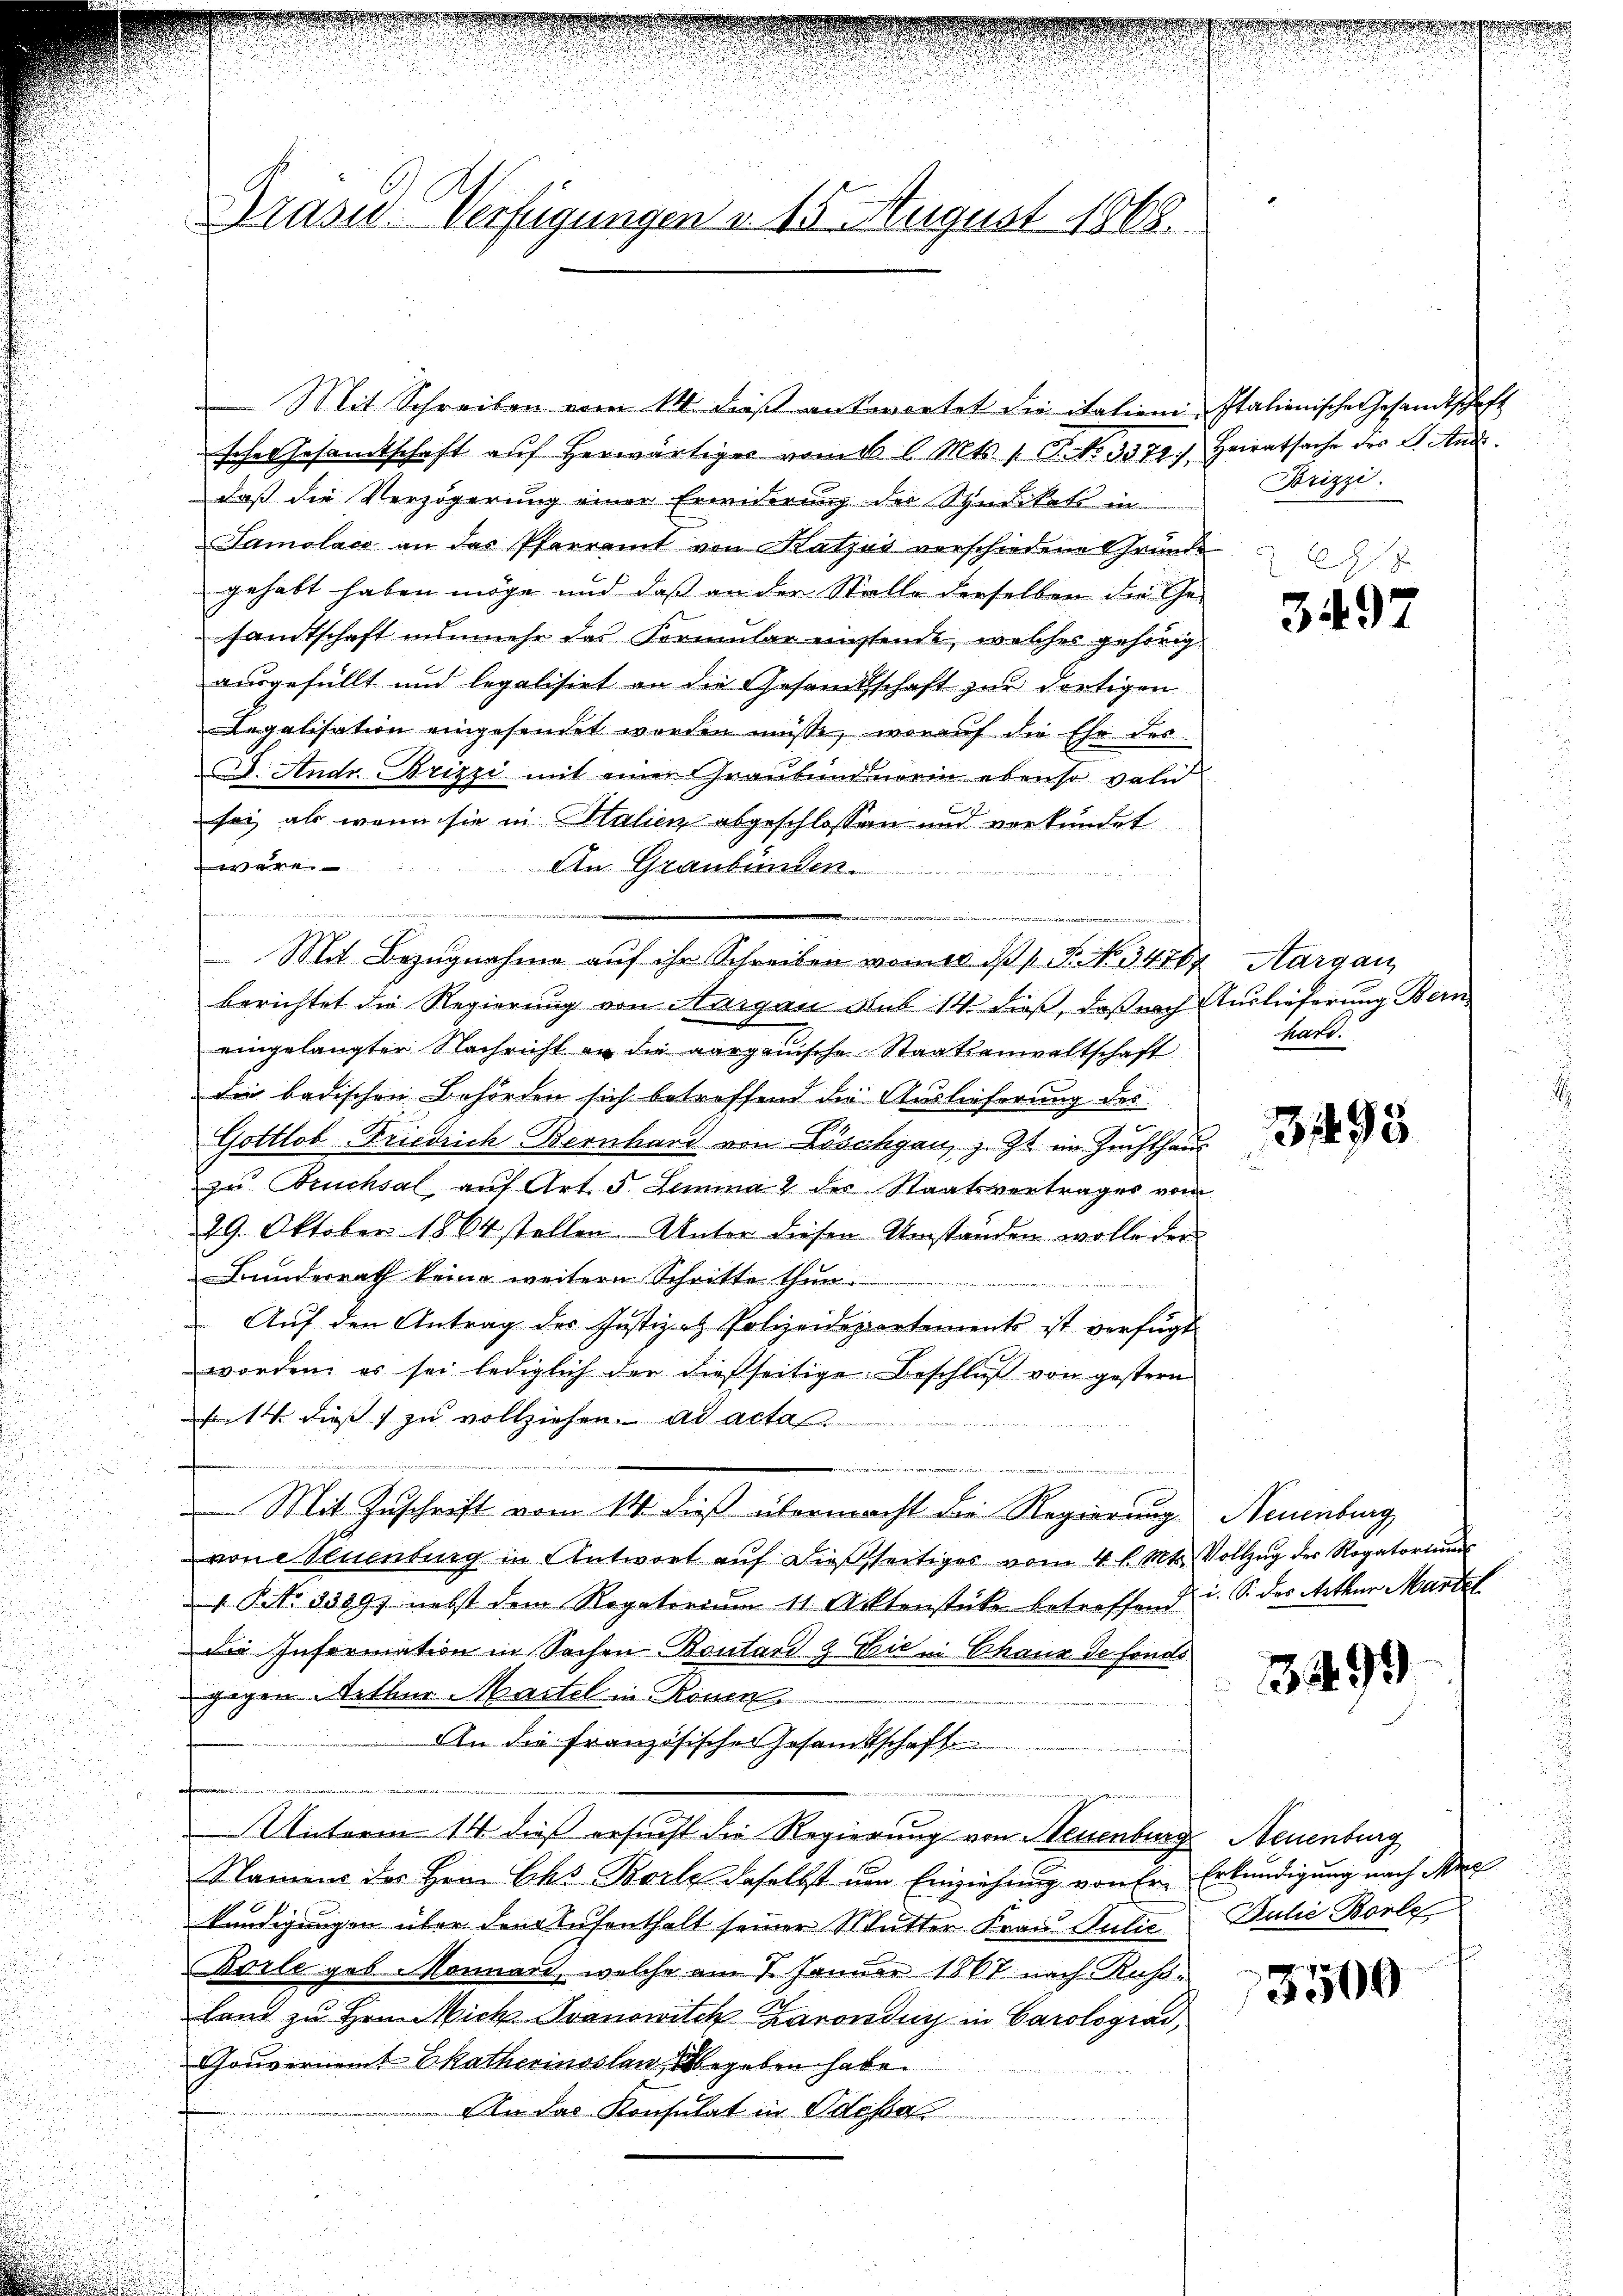
Gräser Verfügungen u. 15. August 1868.

enformen
daß die Verzögerung einer Erwiderung der Syndikats in
Samolace an das Pfarramt von Katzes verschiedene Gründe
gehabt haben möge und daß an der Stelle derselben die Ge-
samtschaft nunmehr das Formular einstende, welches gehörig
ausgefüllt und legalisirt an die Gesamtsschaft zur dortigen
Legalisation eingesendet worden müsse, worauf die Ehe des
c. Andr. Brizzi mit einer Graubund mein ebenso valid
sei, als wenn sie in Halien abgeschlossen und verkündet
 hat er mit
An Graubünden.
fen
berichtet die Regierung von Aargau Sub 14 dieß, daß nach Auslieferung Bern
eingelangter Nachricht an die aargauische Staatsanwaltschaft
Die badischen Behörden sich betreffend die Auslieferung des
Gottlob Friedrich Bernhard von Löschgau, z. Zt. im Zuchthaus
zu Brucksal auf Art. 5 Lemma 2 der Staatsvertrages vom
29. Oktober 1864 stellen. Unter diesen Umständen wolle der
Bunderrath keine weitern Schritte thun.
Auf den Antrag des Justizat Polizeidepartements ist verfügt
worden, es sei lediglich der dießseitige Beschlŭβ von gestern
fit dieß zu vollziehen. ad actas.
e
e
 Mit Zuschrift vom 14. dieß übermacht die Regierung Neuenburg
von Steuenburg in Antwort auf dießseitiges vom 4. l. Mts. Vollzug der Rogatorium
1 No 33891 nebst dem Rogatorium 11. Aktenstücke betreffend i. S. des Arthur Martel
die Information in Sachen Bontard & Cie in Chaux de fonds
gegen Arthur aitel in Rouen
An die französischer Gesandtschaft
....................
Unterm 14. dieß ersucht die Regierung von Neuenburg Neuenburg
Namens der Hern Chs Borle daselbst von Einziehung von fr. Erkundigung nach Max
kündigungen über den Aufenthalt seiner Mutter Frau Julie
Barle geb. Monnard, welche am 7. Januar 1867 nach Russland zu Hrn. Mich. Ivanowitck Larondi in Carolograd,
Gouvernent Ekatherinoslaw, Wegeben habe
An das Konsulat in Odessa

.

Mit Bezugnahme auf ihr Schreiben vom 1. P. No. 34764 Aargau

Mit Schreiben vom 14. dieß antwortet die italien-Italienische Gesandtschaft
scher Gesamtschaft aŭf herwärtiges vom 16 l. Mts. 1. P. Nr. 3372) Heiratsache des L. And

Borizzi.

7
.
3497

hratt.

31495

1499

Julie Borle

3509